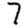
Digit: 7